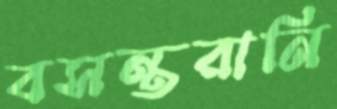
বসন্তরানি